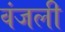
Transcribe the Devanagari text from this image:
वंजली